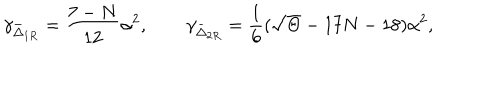
\gamma _ { \bar { \Delta } _ { 1 R } } = \frac { 7 - N } { 1 2 } \alpha ^ { 2 } , \qquad \gamma _ { \bar { \Delta } _ { 2 R } } = \frac { 1 } { 6 } ( \sqrt \Theta - 1 7 N - 1 8 ) \alpha ^ { 2 } ,